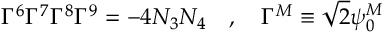
\Gamma ^ { 6 } \Gamma ^ { 7 } \Gamma ^ { 8 } \Gamma ^ { 9 } = - 4 N _ { 3 } N _ { 4 } ~ ~ ~ , ~ ~ ~ \Gamma ^ { M } \equiv \sqrt { 2 } \psi _ { 0 } ^ { M }